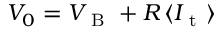
V _ { 0 } = V _ { \mathrm { ~ B ~ } } + R \, \langle I _ { \mathrm { ~ t ~ } } \rangle